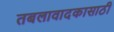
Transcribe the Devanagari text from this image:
तबलावादकासाठी